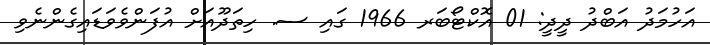
އަހުމަދު އަބްދު ދީދީ: 01 އޮކްޓޯބަރ 1966 ގައި ސ. ހިތަދޫއަށް އުފަންވެވަޑައިގެންނެވި